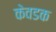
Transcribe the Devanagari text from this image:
केवडक